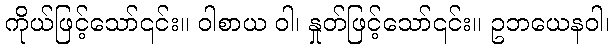
ကိုယ်ဖြင့်သော်၎င်း။ ဝါစာယ ဝါ၊ နှုတ်ဖြင့်သော်၎င်း။ ဥဘယေနဝါ၊